Juri_Uluots, lk 2
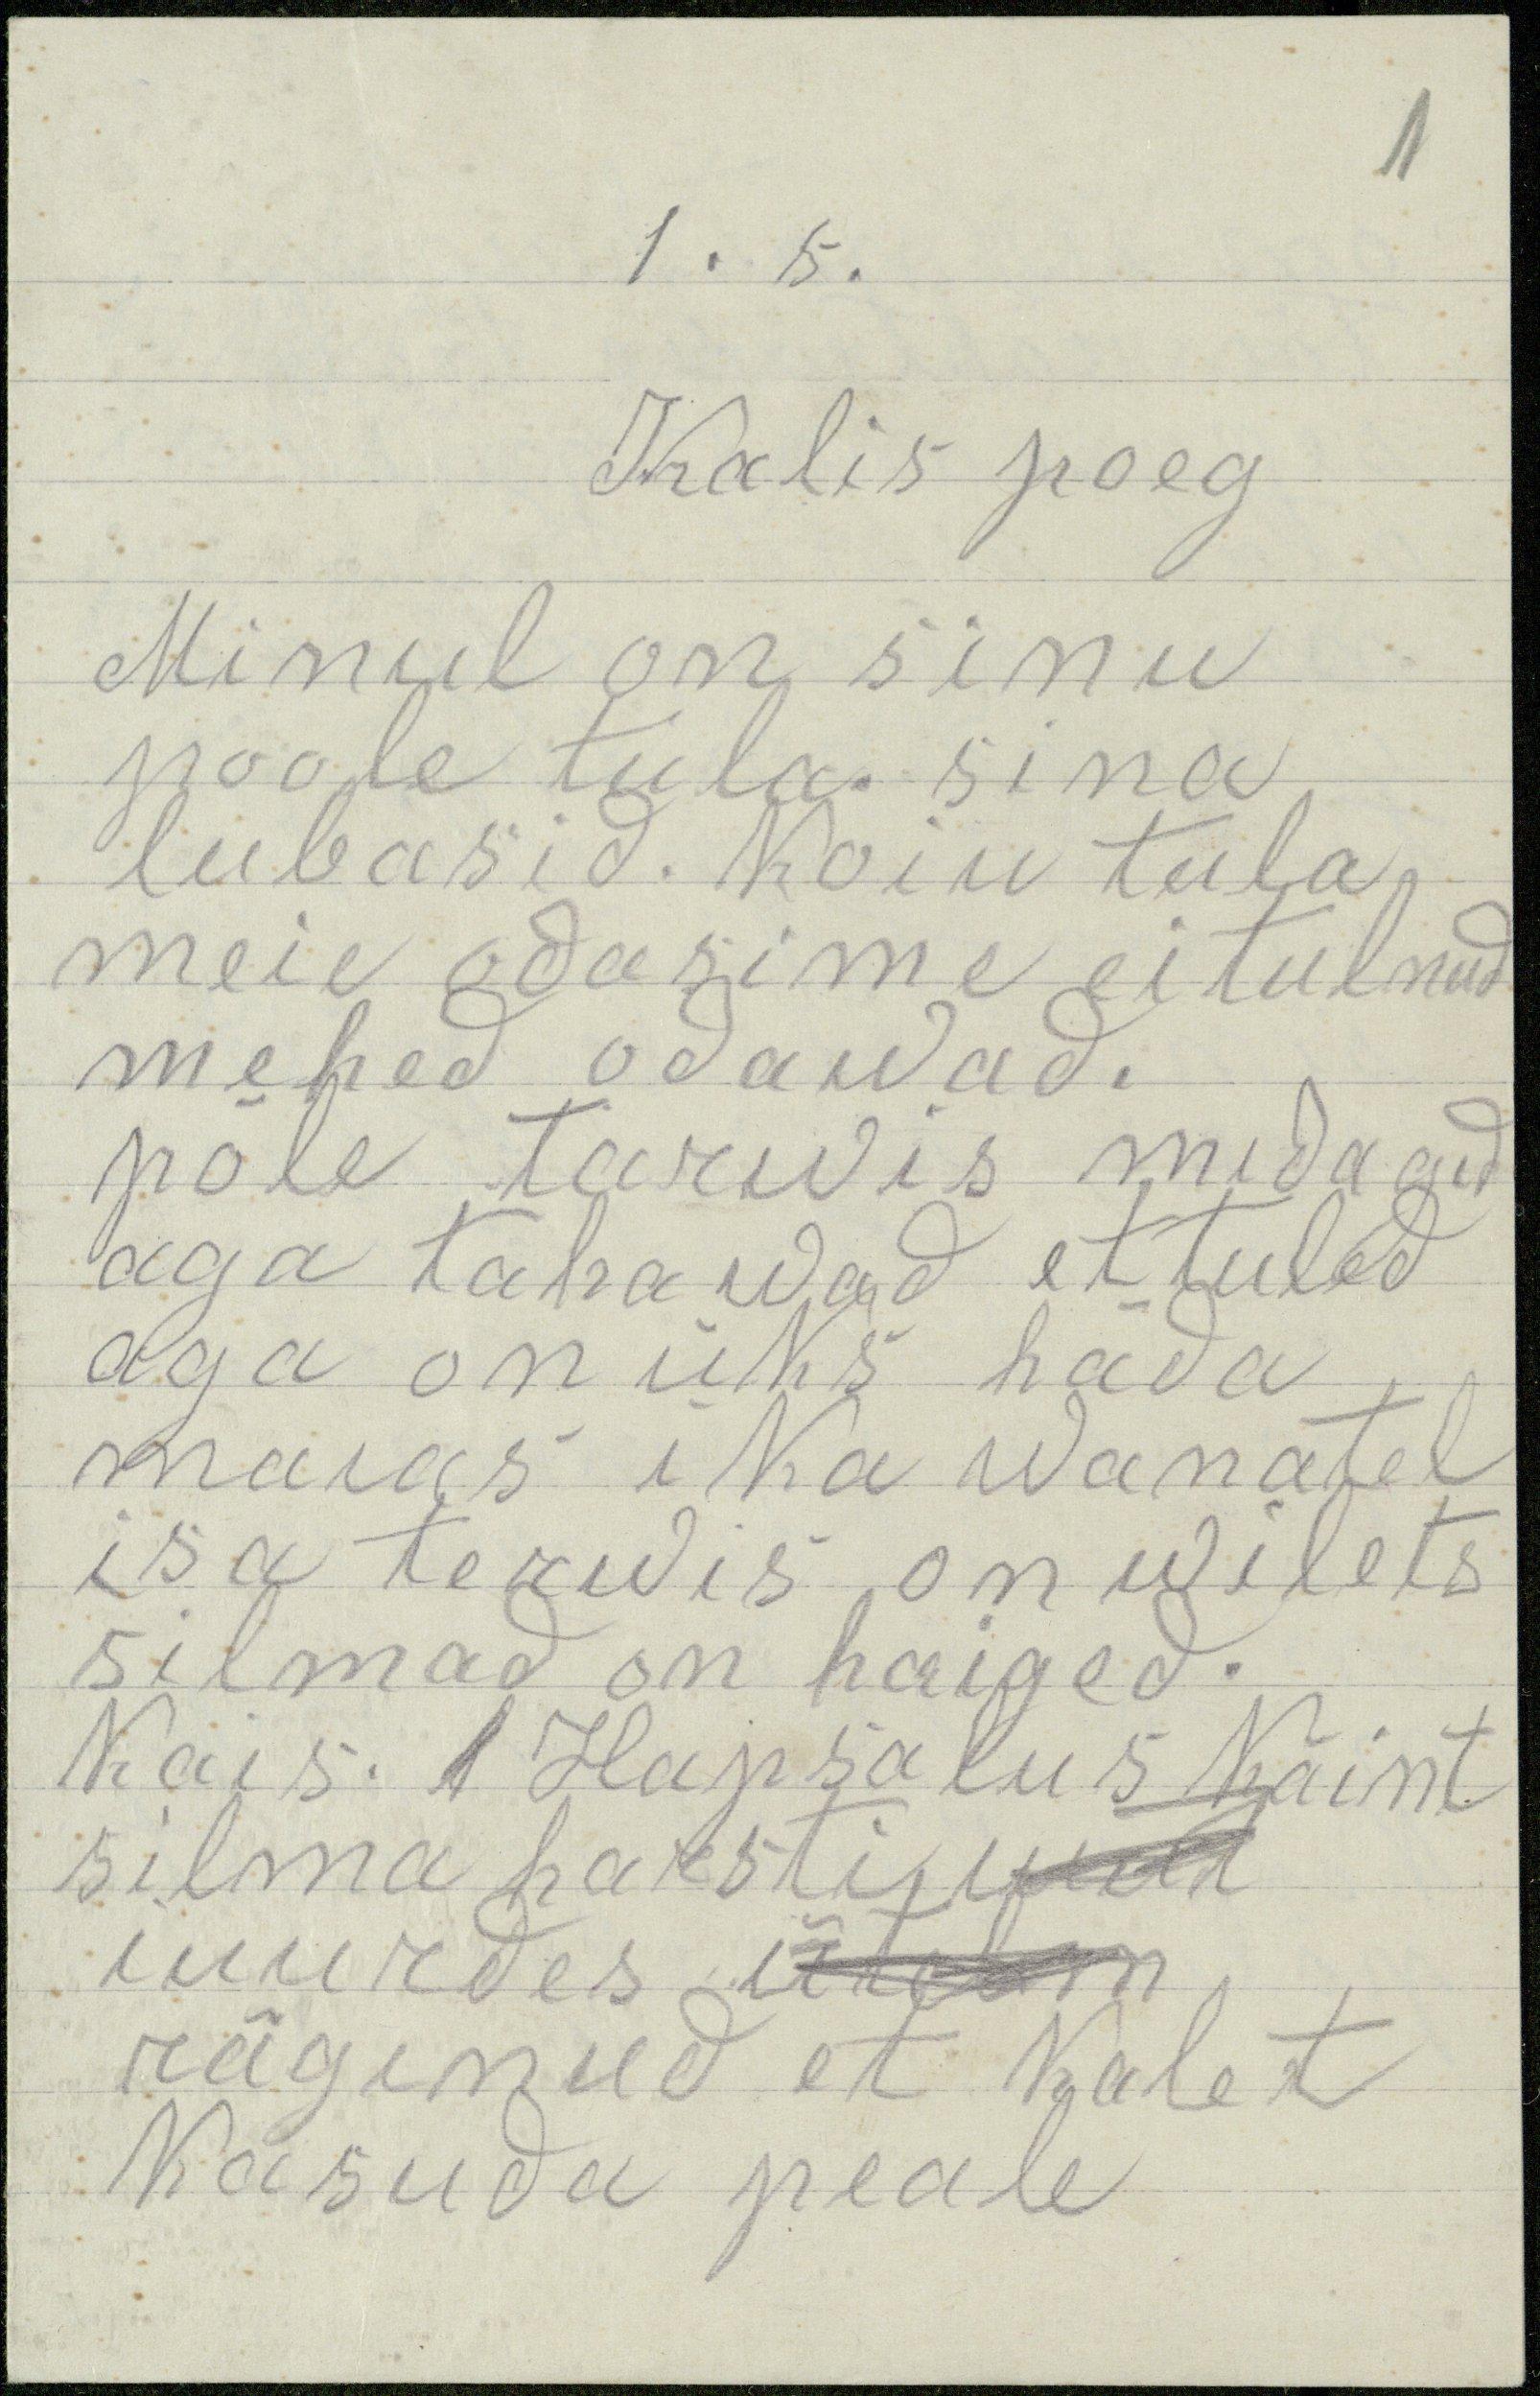
1

1. 6 .
Kalis poeg
Minul on sinu
poole tula. sina
lubasid. Koiu tula
meie odasime ei tulnud
mehed odawad.
põle tarwis midagid
aga tahawad et tuled
aga on üks häda
maias ika wanatel
isa terwis on wilets
silmad on haiged.
Käis. 1 Hapsalus Käint
silma harsti iur
iuurdes ütelm
räginud et kalet
kasuda peale